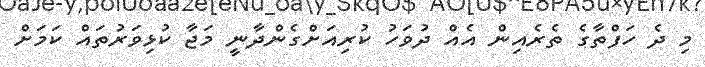
މި ދެ ހަފްތާގެ ތެރެއިން އެއް ދުވަހު ކުރިއަށްގެންދާނީ މަޖާ ކުޅިވަރުތައް ކަމަށް